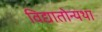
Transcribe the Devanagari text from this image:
विद्यातोन्यथा